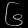
Digit: ၆